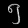
Digit: ၅